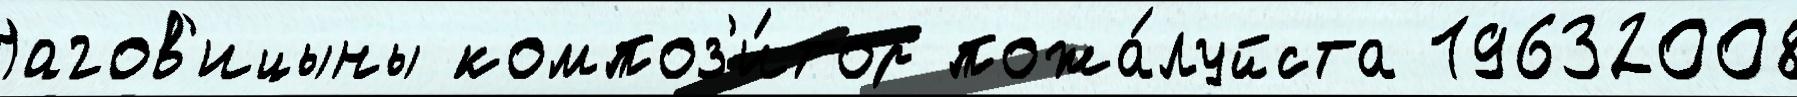
Нагов'ицыны композ'и́тор пожа́луйста 19632008